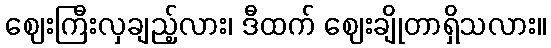
ဈေးကြီးလှချည့်လား၊ ဒီထက် ဈေးချိုတာရှိသလား။